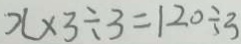
x \times 3 \div 3 = 1 2 0 \div 3